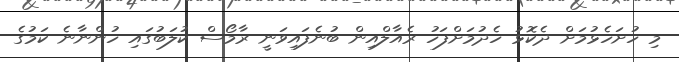
މި ހުށަހެޅުމަށް ދެކޮޅު ހެދުމަށްފަހު ރެއާލްއިން ބުނެފައިވަނީ ރާމޯސް ކުލަބުގައި ހުންނާނެ ކަމުގެ